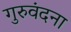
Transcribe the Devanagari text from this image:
गुरुवंदना